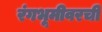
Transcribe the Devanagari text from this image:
रंगभूमीवरची